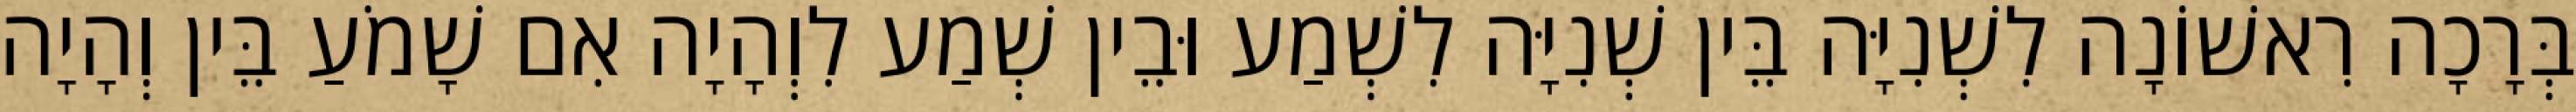
בְּרָכָה רִאשׁוֹנָה לִשְׁנִיָּה בֵּין שְׁנִיָּה לִשְׁמַע וּבֵין שְׁמַע לִוְהָיָה אִם שָׁמֹעַ בֵּין וְהָיָה